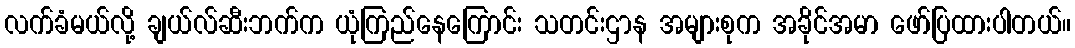
လက်ခံမယ်လို့ ချယ်လ်ဆီးဘက်က ယုံကြည်နေကြောင်း သတင်းဌာန အများစုက အခိုင်အမာ ဖော်ပြထားပါတယ်။